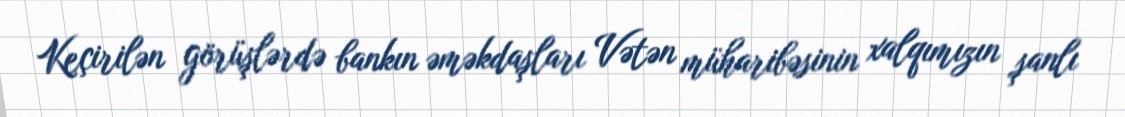
Keçirilən görüşlərdə bankın əməkdaşları Vətən müharibəsinin xalqımızın şanlı